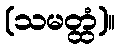
(သမတ္ထံ)။